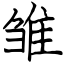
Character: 雏